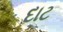
દાટ